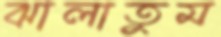
ঝালাতুম